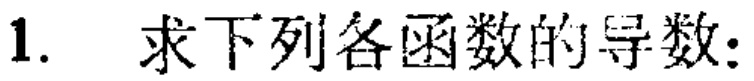
1. 求下列各函数的导数: